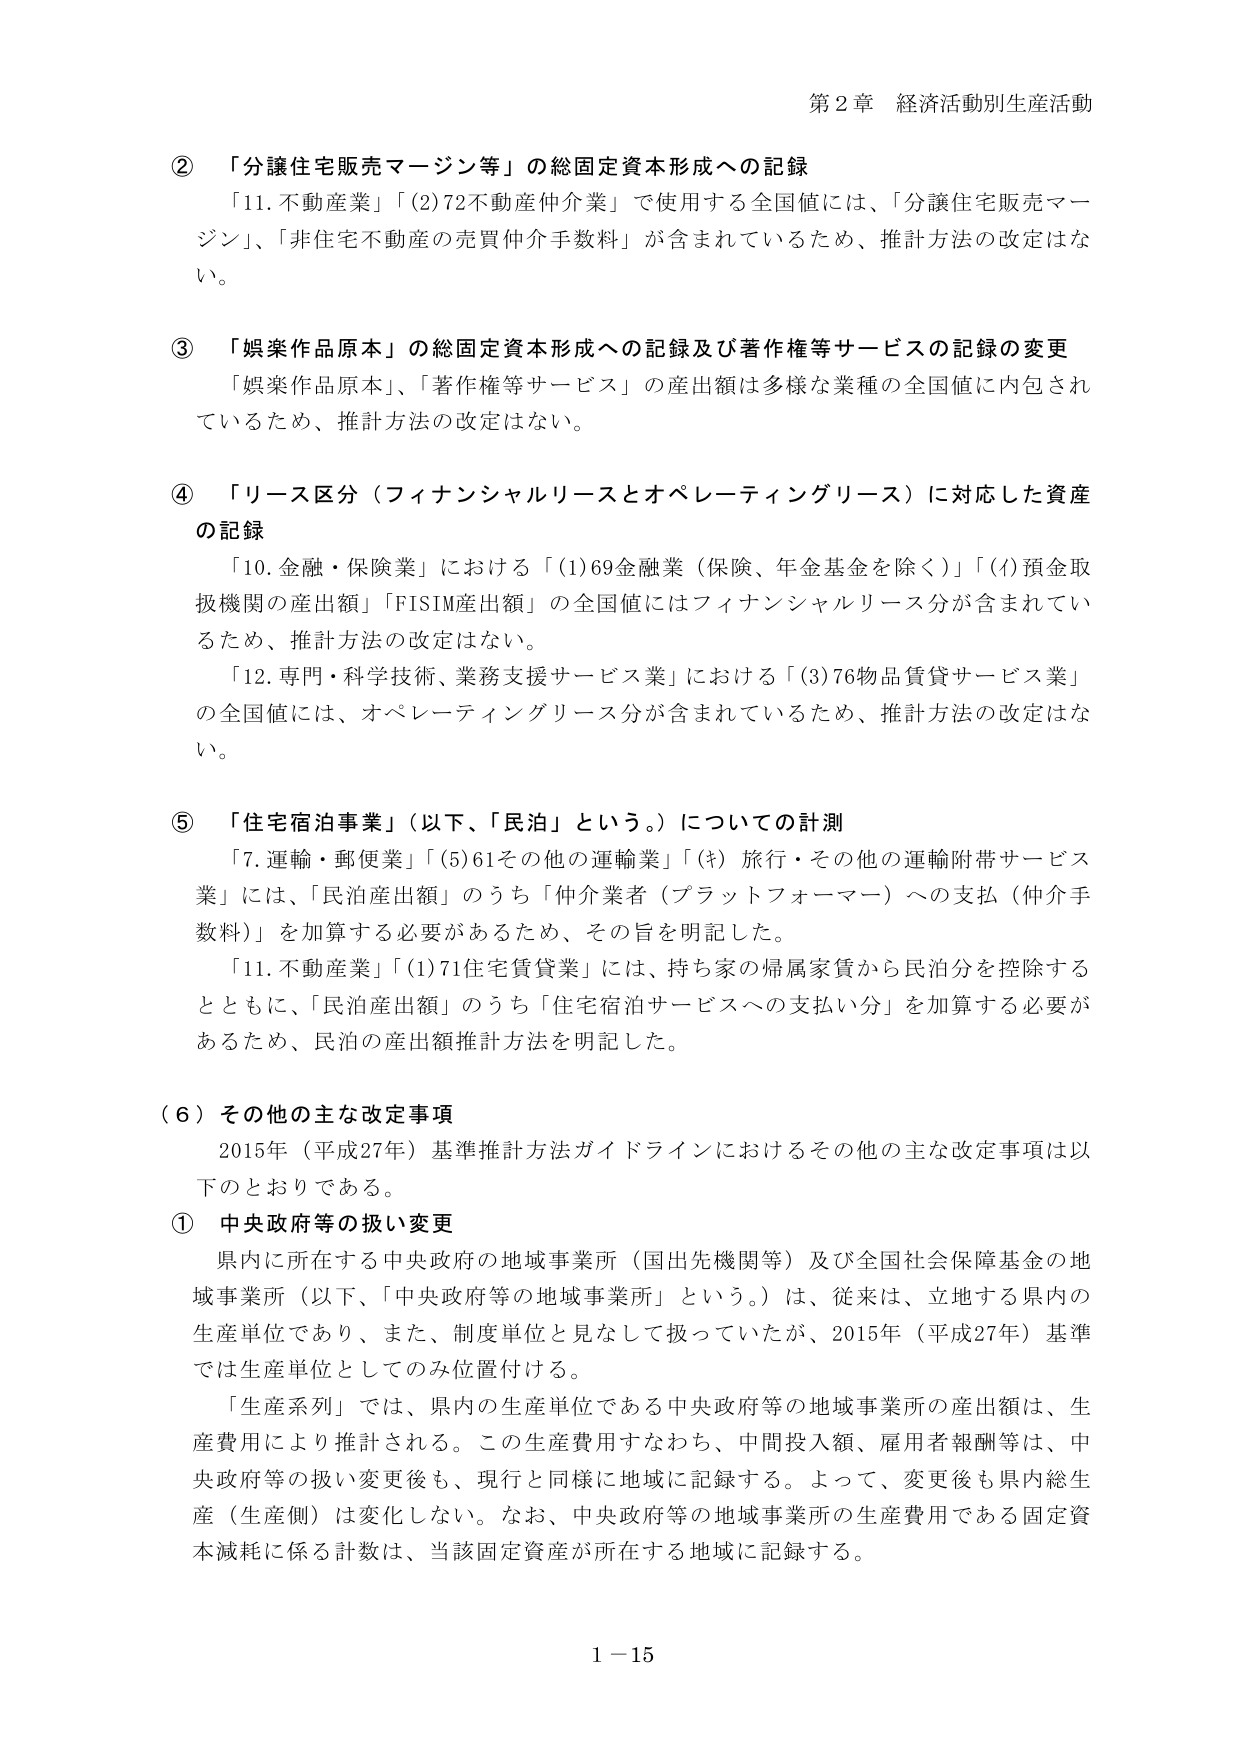
第２章 経済活動別生産活動

② 「分譲住宅販売マージン等」の総固定資本形成への記録
「11.不動産業」「(2)72不動産仲介業」で使用する全国値には、「分譲住宅販売マージン」、「非住宅不動産の売買仲介手数料」が含まれているため、推計方法の改定はない。

③ 「娯楽作品原本」の総固定資本形成への記録及び著作権等サービスの記録の変更
「娯楽作品原本」、「著作権等サービス」の産出額は多様な業種の全国値に内包されているため、推計方法の改定はない。

④ 「リース区分（フィナンシャルリースとオペレーティングリース）に対応した資産の記録
「10.金融・保険業」における「(1)69金融業（保険、年金基金を除く）」「(f)預金取扱機関の産出額」「FISIM産出額」の全国値にはフィナンシャルリース分が含まれているため、推計方法の改定はない。
「12.専門・科学技術、業務支援サービス業」における「(3)76物品賃貸サービス業」の全国値には、オペレーティングリース分が含まれているため、推計方法の改定はない。

⑤ 「住宅宿泊事業」（以下、「民泊」という。）についての計測
「7.運輸・郵便業」「(5)61その他の運輸業」「(k)旅行・その他の運輸附帯サービス業」には、「民泊産出額」のうち「仲介業者（プラットフォーマー）への支払（仲介手数料）」を加算する必要があるため、その旨を明記した。
「11.不動産業」「(1)71住宅賃貸業」には、持ち家の帰属家賃から民泊分を控除するとともに、「民泊産出額」のうち「住宅宿泊サービスへの支払い分」を加算する必要があるため、民泊の産出額推計方法を明記した。

（６）その他の主な改定事項
2015年（平成27年）基準推計方法ガイドラインにおけるその他の主な改定事項は以下のとおりである。
① 中央政府等の扱い変更
県内に所在する中央政府の地域事業所（国出先機関等）及び全国社会保障基金の地域事業所（以下、「中央政府等の地域事業所」という。）は、従来は、立地する県内の生産単位であり、また、制度単位と見なして扱っていたが、2015年（平成27年）基準では生産単位としてのみ位置付ける。
「生産系列」では、県内の生産単位である中央政府等の地域事業所の産出額は、生産費用により推計される。この生産費用すなわち、中間投入額、雇用者報酬等は、中央政府等の扱い変更後も、現行と同様に地域に記録する。よって、変更後も県内総生産（生産側）は変化しない。なお、中央政府等の地域事業所の生産費用である固定資本減耗に係る計数は、当該固定資産が所在する地域に記録する。

1－15